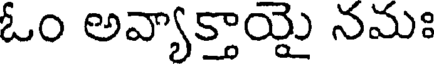
ఓం అవ్యాక్తాయై నమః